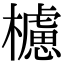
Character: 櫖